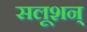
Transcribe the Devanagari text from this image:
सलूशन्